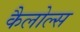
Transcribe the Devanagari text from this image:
कैलोल्स